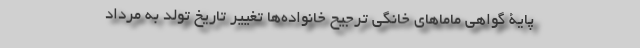
پایۀ گواهی ماماهای خانگی ترجیح خانواده‌ها تغییر تاریخ تولد به مرداد